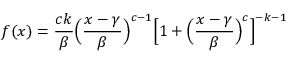
f ( x ) = { \frac { c k } { \beta } } { \Big ( } { \frac { x - \gamma } { \beta } } { \Big ) } ^ { c - 1 } { \Big [ } 1 + { \Big ( } { \frac { x - \gamma } { \beta } } { \Big ) } ^ { c } { \Big ] } ^ { - k - 1 }